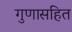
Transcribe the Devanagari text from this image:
गुणासहित